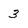
Character: 3